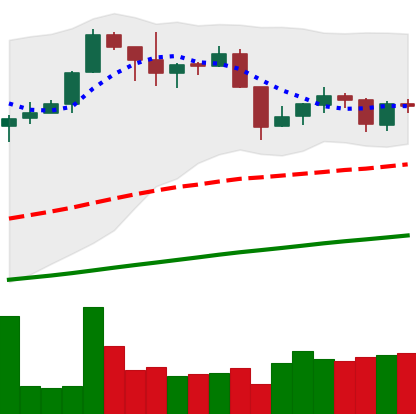
Ticker: XMR-USD
Chart end date: 2019-06-11
Forward return: 10.55%
Label: up_7plus